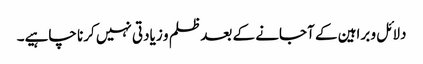
دلائل و براہین کے آجانے کے بعد ظلم و زیادتی نہیں کرنا چاہیے۔